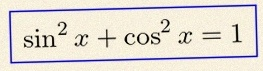
\sin^2x+\cos^2x=1